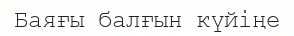
Баяғы балғын күйіңе